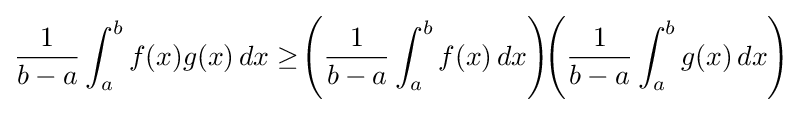
{\frac {1}{b-a}}\int _{a}^{b}f(x)g(x)\,dx\geq \!\left({\frac {1}{b-a}}\int _{a}^{b}f(x)\,dx\right)\!\!\left({\frac {1}{b-a}}\int _{a}^{b}g(x)\,dx\right)